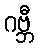
ဂဗ္ဘီ